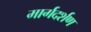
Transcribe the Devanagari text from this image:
मार्गदर्शण